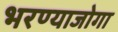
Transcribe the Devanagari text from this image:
भरण्याजोगा